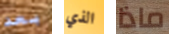
بعد الذي ماذا